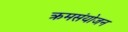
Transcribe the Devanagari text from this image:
क्रमसंयोजन